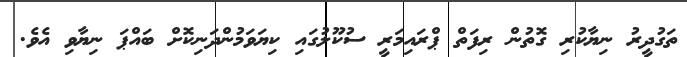
ތަގުދީރު ނިޔާކުރި ގޮތުން ރިފަތް ޕްރައިމަރީ ސުކޫލުގައި ކިޔަވަމުންދަނިކޮށް ބައްޕަ ނިޔާވި އެވެ.